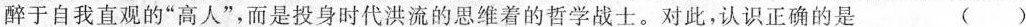
醉于自我直观的”高人”，而是投身时代洪流的思维着的哲学战士。对此，认识正确的是 ( )